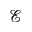
\mathcal { E }